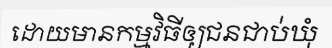
ដោយមានកម្មវិធីឲ្យជនជាប់ឃុំ